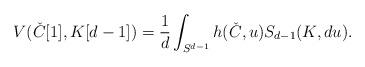
LaTeX: \begin{align*}V(\check{C}[1],K[d-1])= \frac{1}{d}\int_{S^{d-1}} h(\check{C},u) S_{d-1}(K,du).\end{align*}